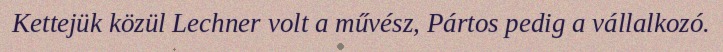
Kettejük közül Lechner volt a művész, Pártos pedig a vállalkozó.